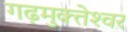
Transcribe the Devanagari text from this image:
गढ़मुक्‍तेश्‍वर